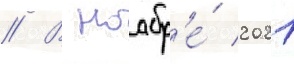
// В ноабр'е́ 2021